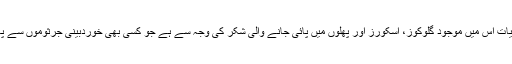
ڈاکٹرز کا کہنا ہے کہ شہد کی یہ زبردست خصوصیات اس میں موجود گلوکوز، اسکورز اور پھلوں میں پائی جانے والی شکر کی وجہ سے ہے جو کسی بھی خوردبینی جرثوموں سے پانی کو نکال لیتی ہے اور اسے بے جان کردیتی ہے۔